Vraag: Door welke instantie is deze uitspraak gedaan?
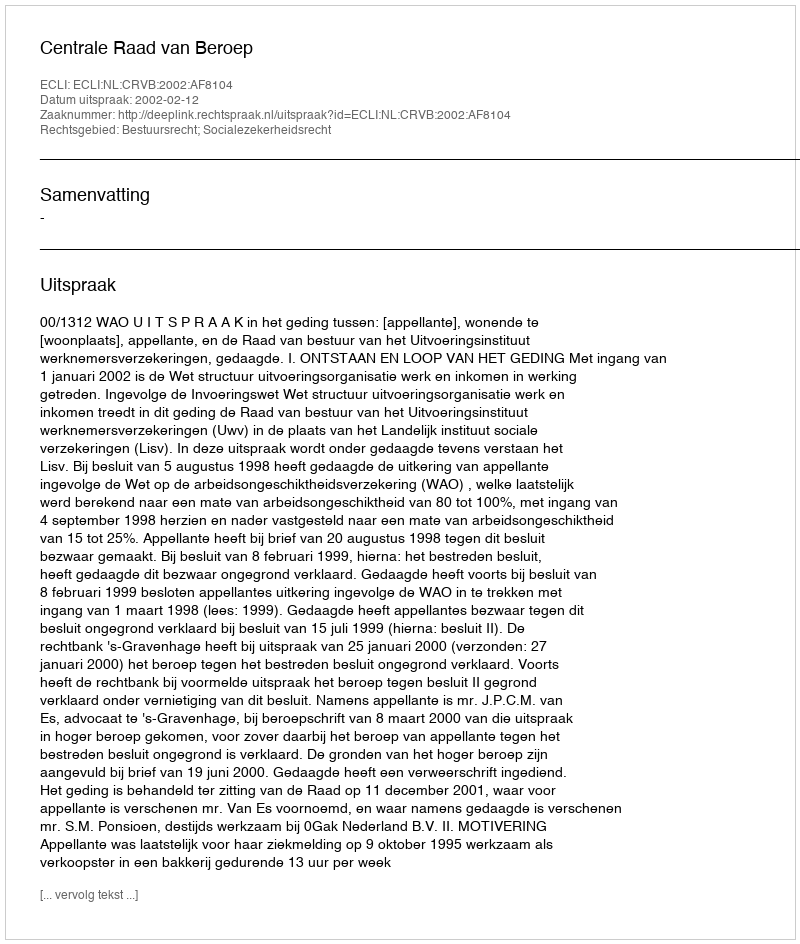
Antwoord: Centrale Raad van Beroep